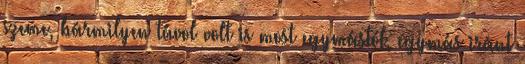
szeme, bármilyen távol volt is most egymástól, egymás iránt